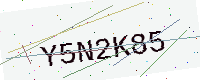
Text: Y5N2K85